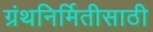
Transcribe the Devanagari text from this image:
ग्रंथनिर्मितीसाठी